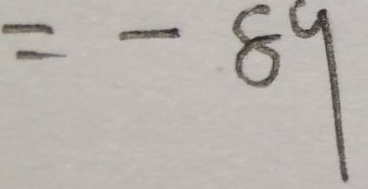
= - 8 9